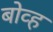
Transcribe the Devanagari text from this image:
बोव्ह